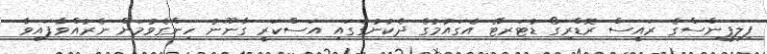
ފިލިޕީންސްގެ ރައީސް ރޮޑްރިގޯ ޑުޓަރޓޭ އެގައުމުގެ ދެކުނުގެގައި އަސްކަރީ ގާނޫނު ހިންގެވުމަށް ނެރުއްވާފައިވާ